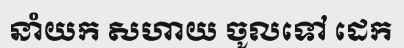
នាំយក សហាយ ចូលទៅ ដេក